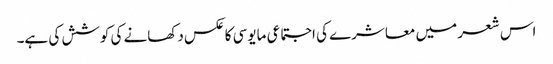
اس شعر میں معاشرے کی اجتماعی مایوسی کا عکس دکھانے کی کوشش کی ہے۔